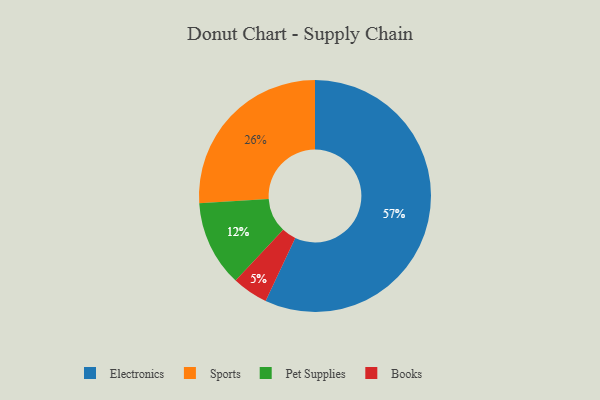
{"axis": {"x": "Category", "y": "Percentage"}, "legend": ["Books", "Electronics", "Pet Supplies", "Sports"], "data": [{"x": "Sports", "y": 26, "type": "Sports"}, {"x": "Books", "y": 5, "type": "Books"}, {"x": "Electronics", "y": 57, "type": "Electronics"}, {"x": "Pet Supplies", "y": 12, "type": "Pet Supplies"}]}